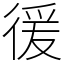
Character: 㣪